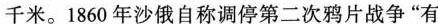
千米。1860年沙俄自称调停第二次鸦片战争”有④